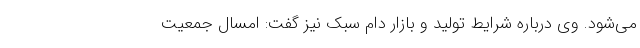
می‌شود. وی درباره شرایط تولید و بازار دام سبک نیز گفت: امسال جمعیت